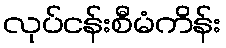
လုပ်ငန်းစီမံကိန်း